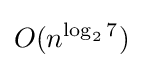
O(n^{\log _{2}7})